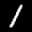
Label: 1